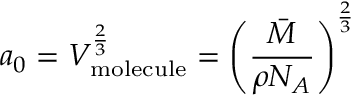
a _ { 0 } = V _ { \mathrm { m o l e c u l e } } ^ { \frac { 2 } { 3 } } = \left( { \frac { \bar { M } } { \rho N _ { A } } } \right) ^ { \frac { 2 } { 3 } }